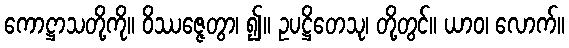
ကောဋ္ဌာသတို့ကို။ ဝိဿဇ္ဇေတွာ၊ ၍။ ဥပဋ္ဌိတေသု၊ တို့တွင်။ ယာဝ၊ လောက်။